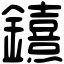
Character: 𨯨